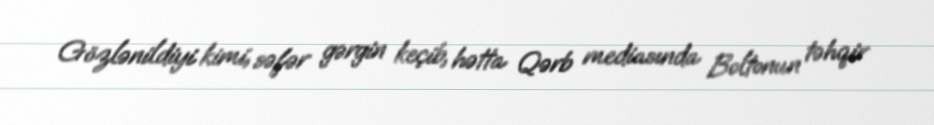
Gözlənildiyi kimi, səfər gərgin keçib, hətta Qərb mediasında Boltonun təhqir